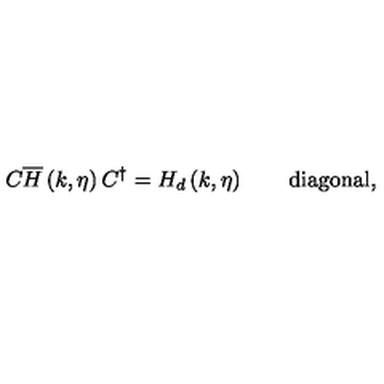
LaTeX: C \overline { { H } } \left( k , \eta \right) C ^ { \dagger } = H _ { d } \left( k , \eta \right) \qquad \mathrm { d i a g o n a l } ,